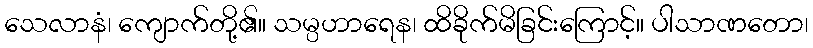
သေလာနံ၊ ကျောက်တို့၏။ သမ္ပဟာရေန၊ ထိခိုက်မိခြင်းကြောင့်။ ပါသာဏတော၊